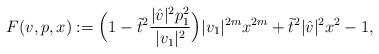
LaTeX: \begin{align*} F(v,p,x) := \Big( 1- \tilde{t}^2 \frac{\vert \hat{v} \vert^2 p_1^2}{\vert v_1 \vert^2}\Big) \vert v_1 \vert^{2m} x^{2m} + \tilde{t}^2 \vert \hat{v} \vert^2 x^2 - 1,\end{align*}